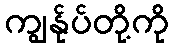
ကျွန်ုပ်တို့ကို